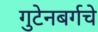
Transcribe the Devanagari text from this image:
गुटेनबर्गचे